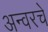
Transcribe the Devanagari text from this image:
अन्वरचे